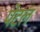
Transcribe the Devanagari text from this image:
पेटल